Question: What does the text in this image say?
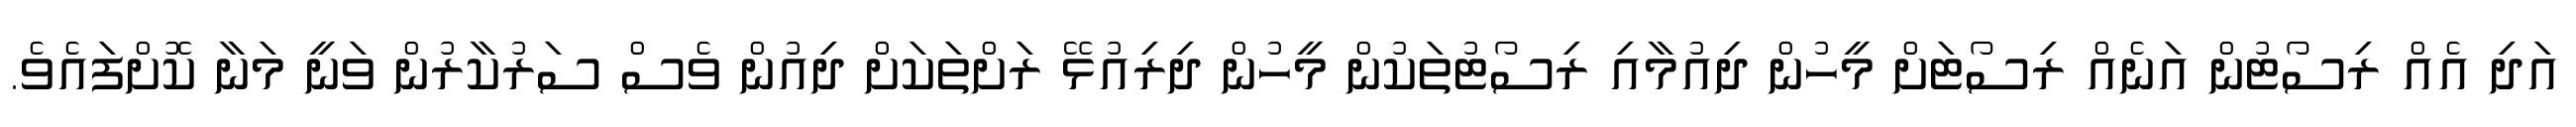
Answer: އަދި އެއް ރިސޯޓުން އަނެއް ރިސޯޓަށް މީހުން ދިއުމާއި ރިސޯޓުތަކުން މީހުން ދިރިއުޅޭ ރަށްތަކަށް ދިއުން ވެސް ސަރުކާރުން ވަނީ މަނާ ކޮށްފައެވެ.